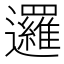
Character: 邏